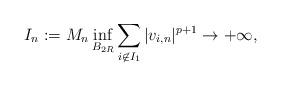
LaTeX: \begin{align*}I_n:= M_n \inf_{B_{2R}} \sum_{i\not\in I_1}|v_{i,n}|^{p+1} \to +\infty,\end{align*}